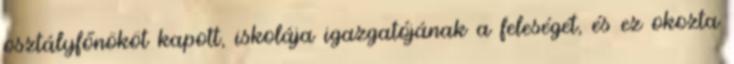
osztályfőnököt kapott, iskolája igazgatójának a feleségét, és ez okozta